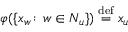
\varphi ( \{ x _ { w } \! : \, w \in N _ { u } \} ) \stackrel { \mathrm { d e f } } { = } x _ { u }